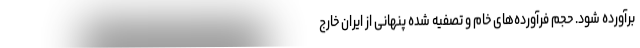
برآورده شود. حجم فرآورده‌های خام و تصفیه شده پنهانی از ایران خارج